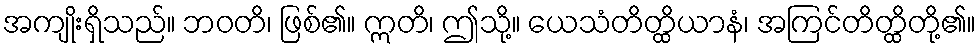
အကျိုးရှိသည်။ ဘဝတိ၊ ဖြစ်၏။ ဣတိ၊ ဤသို့။ ယေသံတိတ္ထိယာနံ၊ အကြင်တိတ္ထိတို့၏။